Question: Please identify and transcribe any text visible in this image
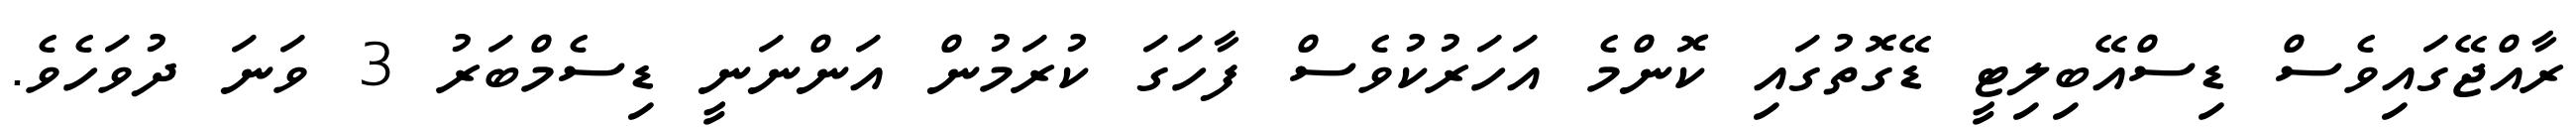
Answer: ރާއްޖޭގައިވެސް ޑިސްއޭބިލިޓީ ޑޭގޮތުގައި ކޮންމެ އަހަރުކުވެސް ފާހަގަ ކުރަމުން އަންނަނީ ޑިސެމްބަރު 3 ވަނަ ދުވަހެވެ.